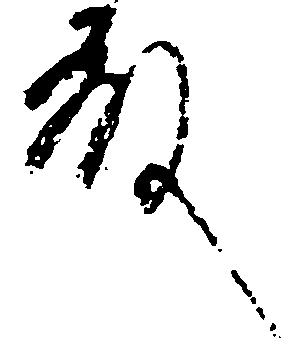
殿